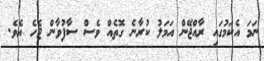
ނަމަ އެކަމުގައި ރާއްޖޭން އަމަލު ކުރާނެ ގޮތެއް ވެސް ސާފުވާން ޖެހެ އެވެ.